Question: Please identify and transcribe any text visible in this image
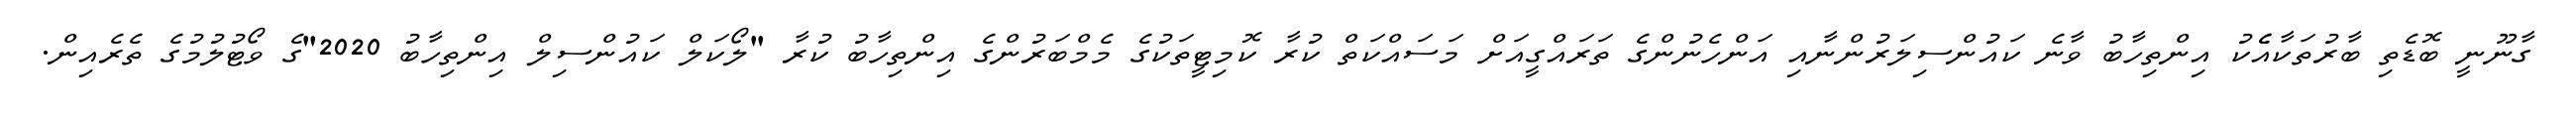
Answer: ގާނޫނީ ބޮޑެތި ބާރުތަކާއެެކު އިންތިހާބު ވާނެ ކައުންސިލަރުންނާއި އަންހެނުންގެ ތަރައްގީއަށް މަސައްކަތް ކުރާ ކޮމިޓީތަކުގެ މެމްބަރުންގެ އިންތިހާބު ކުރާ "ލޯކަލް ކައުންސިލް އިންތިހާބު 2020"ގެ ވޯޓުލުމުގެ ތެރެއިން.